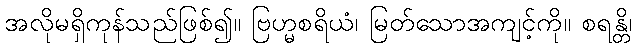
အလိုမရှိကုန်သည်ဖြစ်၍။ ဗြဟ္မစရိယံ၊ မြတ်သောအကျင့်ကို။ စရန္တိ၊